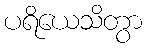
ပရိယေသိတွာ